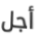
أجل